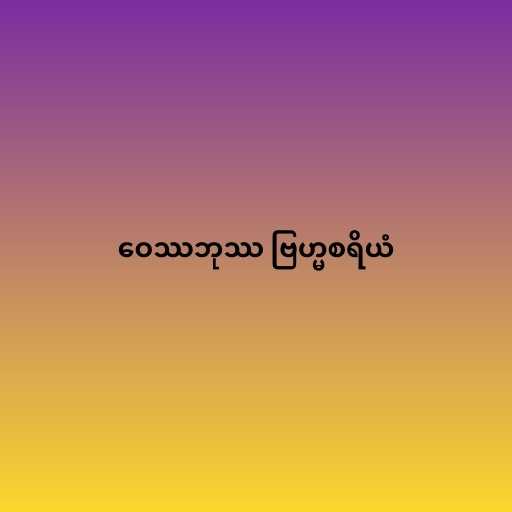
ဝေဿဘုဿ ဗြဟ္မစရိယံ